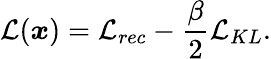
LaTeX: \mathcal{L}(\boldsymbol{x})=\mathcal{L}_{rec}-\frac{\beta}{2}\mathcal{L}_{KL}.